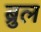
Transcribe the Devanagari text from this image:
ब्रुल